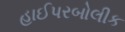
હાઈપરબોલીક